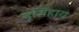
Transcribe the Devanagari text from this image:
नृसिंहाय